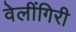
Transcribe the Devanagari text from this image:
वेलींगिरी